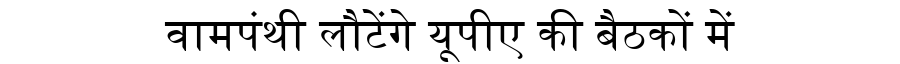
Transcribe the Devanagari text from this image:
वामपंथी लौटेंगे यूपीए की बैठकों में